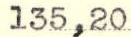
135,20